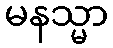
မနသ္မာ